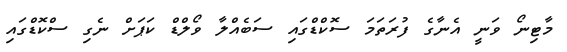
މާޓިނޯ ވަނީ އެނާގެ ފުރަތަމަ ސޮކްޑްގައި ސަބެއްލާ ވޯލްޑް ކަޕަށް ނެގި ސްކޮޑްގައި